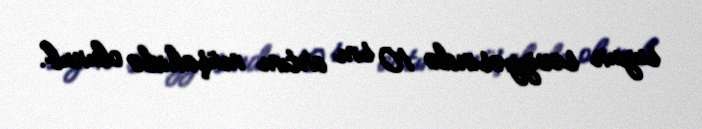
suyun səviyyəsində 10 sm artım müşahidə olunub.